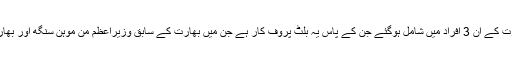
یہ کار خریدنے کے بعد عامر خان بھارت کے ان 3 افراد میں شامل ہوگئے جن کے پاس یہ بلٹ پروف کار ہے جن میں بھارت کے سابق وزیراعظم من موہن سنگھ اور بھارتی سرمایہ کار مکیش امبانی شامل ہیں۔